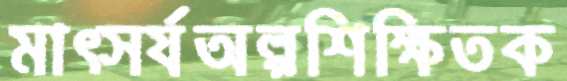
মাত্সর্যঅল্পশিক্ষিতক